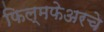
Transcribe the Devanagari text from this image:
फिल्मफेअरचे